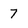
Character: 7